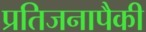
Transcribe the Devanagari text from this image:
प्रतिजनापैकी